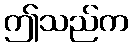
ဤသည်က